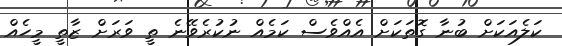
ކަލެއަކަަށް ބުނާ ގޮތަކަަށް އެއްވެސް ކަމެއް ނުކުރެވޭނެ ތީ ވަރަށް ޒާތީ މީހެއް